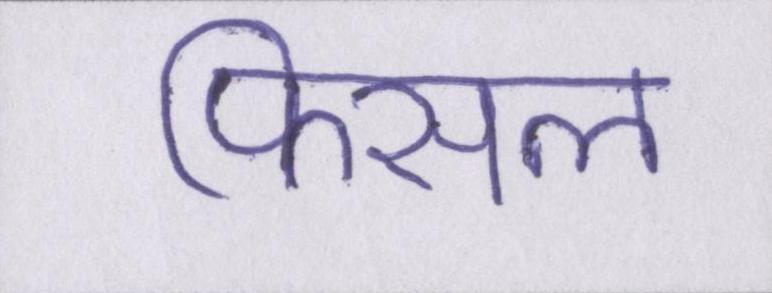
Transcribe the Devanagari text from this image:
फिसल